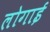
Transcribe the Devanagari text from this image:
लोगाई